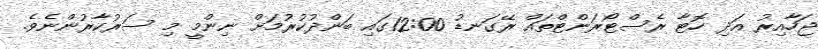
ޖަހާއިރު އަދި ހޮޓާ ރެސްޓޯރަންޓްތައް ރޭގަނޑު 12:00ގައި ބަންދުކުރުމަށް ނިންމީ މި ސަރުކާރުންނެވެ.